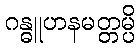
ဂန္ဓူဟနမတ္တမ္ပိ